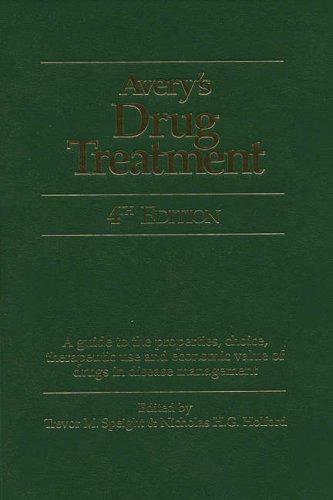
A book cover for Avery's Drug Treatment; Trevor M. Speight; Medical Books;